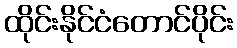
ထိုင်းနိုင်ငံတောင်ပိုင်း